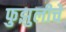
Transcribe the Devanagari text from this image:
फुझुलीचे